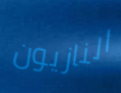
النازيون